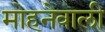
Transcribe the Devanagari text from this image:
मोहनेवाली